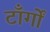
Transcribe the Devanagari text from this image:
टाँर्गों